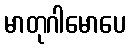
မာတုဂါမောပေ